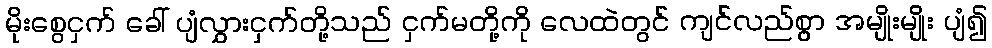
မိုးစွေငှက် ခေါ် ပျံလွှားငှက်တို့သည် ငှက်မတို့ကို လေထဲတွင် ကျင်လည်စွာ အမျိုးမျိုး ပျံ၍